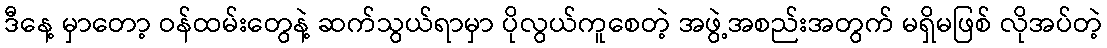
ဒီနေ့ မှာတော့ ဝန်ထမ်းတွေနဲ့ ဆက်သွယ်ရာမှာ ပိုလွယ်ကူစေတဲ့ အဖွဲ့အစည်းအတွက် မရှိမဖြစ် လိုအပ်တဲ့